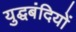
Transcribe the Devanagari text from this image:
युद्घबंदियों